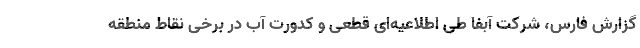
گزارش فارس، شرکت آبفا طی اطلاعیه‌ای قطعی و کدورت آب در برخی نقاط منطقه